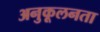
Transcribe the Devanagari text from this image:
अनुकूलनता